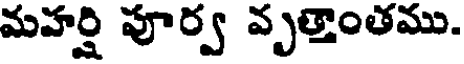
మహర్షి పూర్వ వృత్తాంతము.